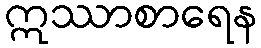
ဣဿာစာရေန